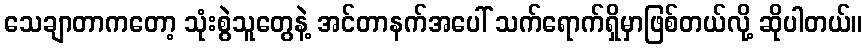
သေချာတာကတော့ သုံးစွဲသူတွေနဲ့ အင်တာနက်အပေါ် သက်ရောက်ရှိမှာဖြစ်တယ်လို့ ဆိုပါတယ်။